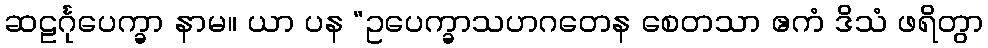
ဆဠင်္ဂုပေက္ခာ နာမ။ ယာ ပန “ဥပေက္ခာသဟဂတေန စေတသာ ဧကံ ဒိသံ ဖရိတွာ